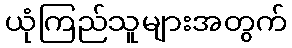
ယုံကြည်သူများအတွက်